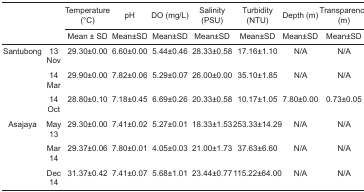
<table><thead><tr><td></td><td></td><td><b>Temperature (°C)</b></td><td><b>pH</b></td><td><b>DO (mg/L)</b></td><td><b>Salinity (PSU)</b></td><td><b>Turbidity (NTU)</b></td><td><b>Depth (m)</b></td><td><b>Transparency (m)</b></td></tr><tr><td></td><td></td><td><b>Mean ± SD</b></td><td><b>Mean±SD</b></td><td><b>Mean±SD</b></td><td><b>Mean±SD</b></td><td><b>Mean±SD</b></td><td><b>Mean±SD</b></td><td><b>Mean±SD</b></td></tr></thead><tbody><tr><td>Santubong</td><td>13 Nov</td><td>29.30±0.00</td><td>6.60±0.00</td><td>5.44±0.46</td><td>28.33±0.58</td><td>17.16±1.10</td><td>N/A</td><td>N/A</td></tr><tr><td></td><td>14 Mar</td><td>29.90±0.00</td><td>7.82±0.06</td><td>5.29±0.07</td><td>26.00±0.00</td><td>35.10±1.85</td><td>N/A</td><td>N/A</td></tr><tr><td></td><td>14 Oct</td><td>28.80±0.10</td><td>7.18±0.45</td><td>6.69±0.26</td><td>20.33±0.58</td><td>10.17±1.05</td><td>7.80±0.00</td><td>0.73±0.05</td></tr><tr><td>Asajaya</td><td>May 13</td><td>29.30±0.00</td><td>7.41±0.02</td><td>5.27±0.01</td><td>18.33±1.53</td><td>253.33±14.29</td><td>N/A</td><td>N/A</td></tr><tr><td></td><td>Mar 14</td><td>29.37±0.06</td><td>7.80±0.01</td><td>4.05±0.03</td><td>21.00±1.73</td><td>37.63±6.60</td><td>N/A</td><td>N/A</td></tr><tr><td></td><td>Dec 14</td><td>31.37±0.42</td><td>7.41±0.07</td><td>5.68±1.01</td><td>23.44±0.77</td><td>115.22±64.00</td><td>N/A</td><td>N/A</td></tr></tbody></table>